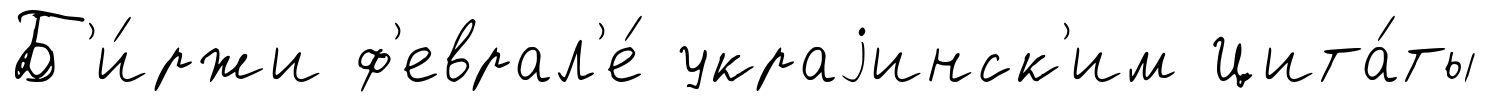
Б'и́ржи ф'еврал'е́ украjинск'им Цита́ты